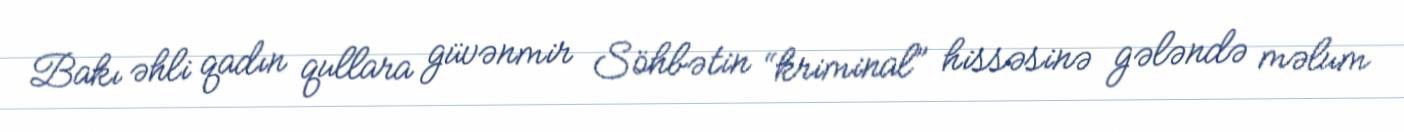
Bakı əhli qadın qullara güvənmir Söhbətin “kriminal” hissəsinə gələndə məlum